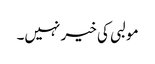
مولبی کی خیر نہیں۔